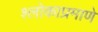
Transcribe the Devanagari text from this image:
श्लोकाप्रमाणे